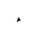
Letter: _hamza